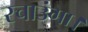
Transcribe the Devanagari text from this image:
रचाउंगा।